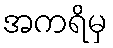
အကရိမှ